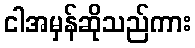
ငါအမှန်ဆိုသည်ကား